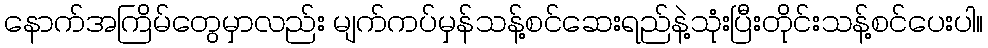
နောက်အကြိမ်တွေမှာလည်း မျက်ကပ်မှန်သန့်စင်ဆေးရည်နဲ့သုံးပြီးတိုင်းသန့်စင်ပေးပါ။